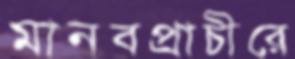
মানবপ্রাচীরে